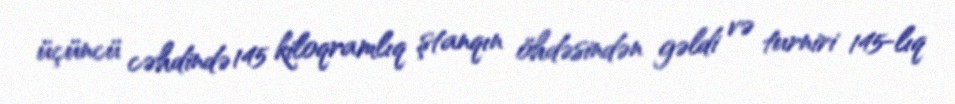
üçüncü cəhdində 145 kiloqramlıq ştanqın öhdəsindən gəldi və turniri 145-lıq